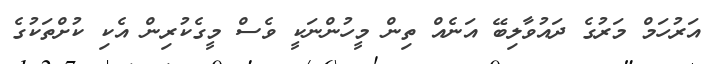
އަރުހަމް މަރުގެ ދައުވާލިބޭ އަނެއް ތިން މީހުންނަކީ ވެސް މީގެކުރިން އެކި ކުށްތަކުގެ